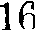
16